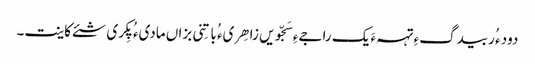
دود ء ُربیدگءِ تہہءَ یک راجےءِ سَجّویں زاھِریء ُباتِنی بزاں مادیء ُ پِکری شئے کاینت۔